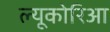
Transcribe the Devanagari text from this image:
ल्यूकोरिआ